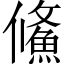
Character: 鯈